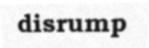
disrump